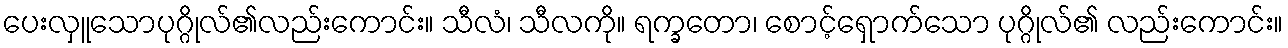
ပေးလှူသောပုဂ္ဂိုလ်၏လည်းကောင်း။ သီလံ၊ သီလကို။ ရက္ခတော၊ စောင့်ရှောက်သော ပုဂ္ဂိုလ်၏ လည်းကောင်း။